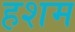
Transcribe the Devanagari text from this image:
हशम